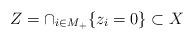
LaTeX: \begin{align*}Z=\cap_{i\in M_+} \{z_i=0\}\subset X\end{align*}